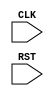
module TOP(CLK,RST);
  input [3:1] CLK;
  input [1:0] RST;
  reg cnt;
  
  always @(posedge CLK[2] or posedge RST[0]) begin
    if(RST[0]) begin
      cnt <= 'd0;
    end
  end

endmodule